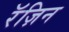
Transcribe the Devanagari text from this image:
रॅज़िन